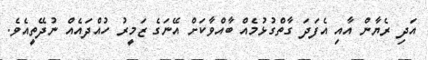
އަދި ރެޔާން އާއި އެފަދަ ގާތްގުޅުމެއް ބާއްވާކަށް އޭނަގެ ޒަމީރު ހުއްދައެއް ނުދޭތީއެވެ.